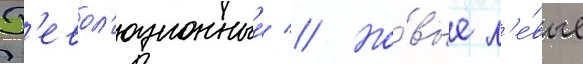
Р'евол'юционныи // Но́вые л'е́вые